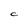
Character: C